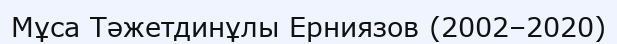
Мұса Тәжетдинұлы Ерниязов (2002–2020)